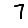
Digit: 7